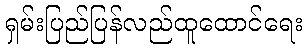
ရှမ်းပြည်ပြန်လည်ထူထောင်ရေး